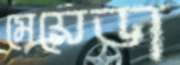
মেয়েডা